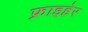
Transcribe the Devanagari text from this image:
फ्राइहेर